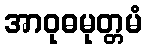
အာဝုဓမုတ္တမံ